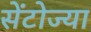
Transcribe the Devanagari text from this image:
सेंटोज्या